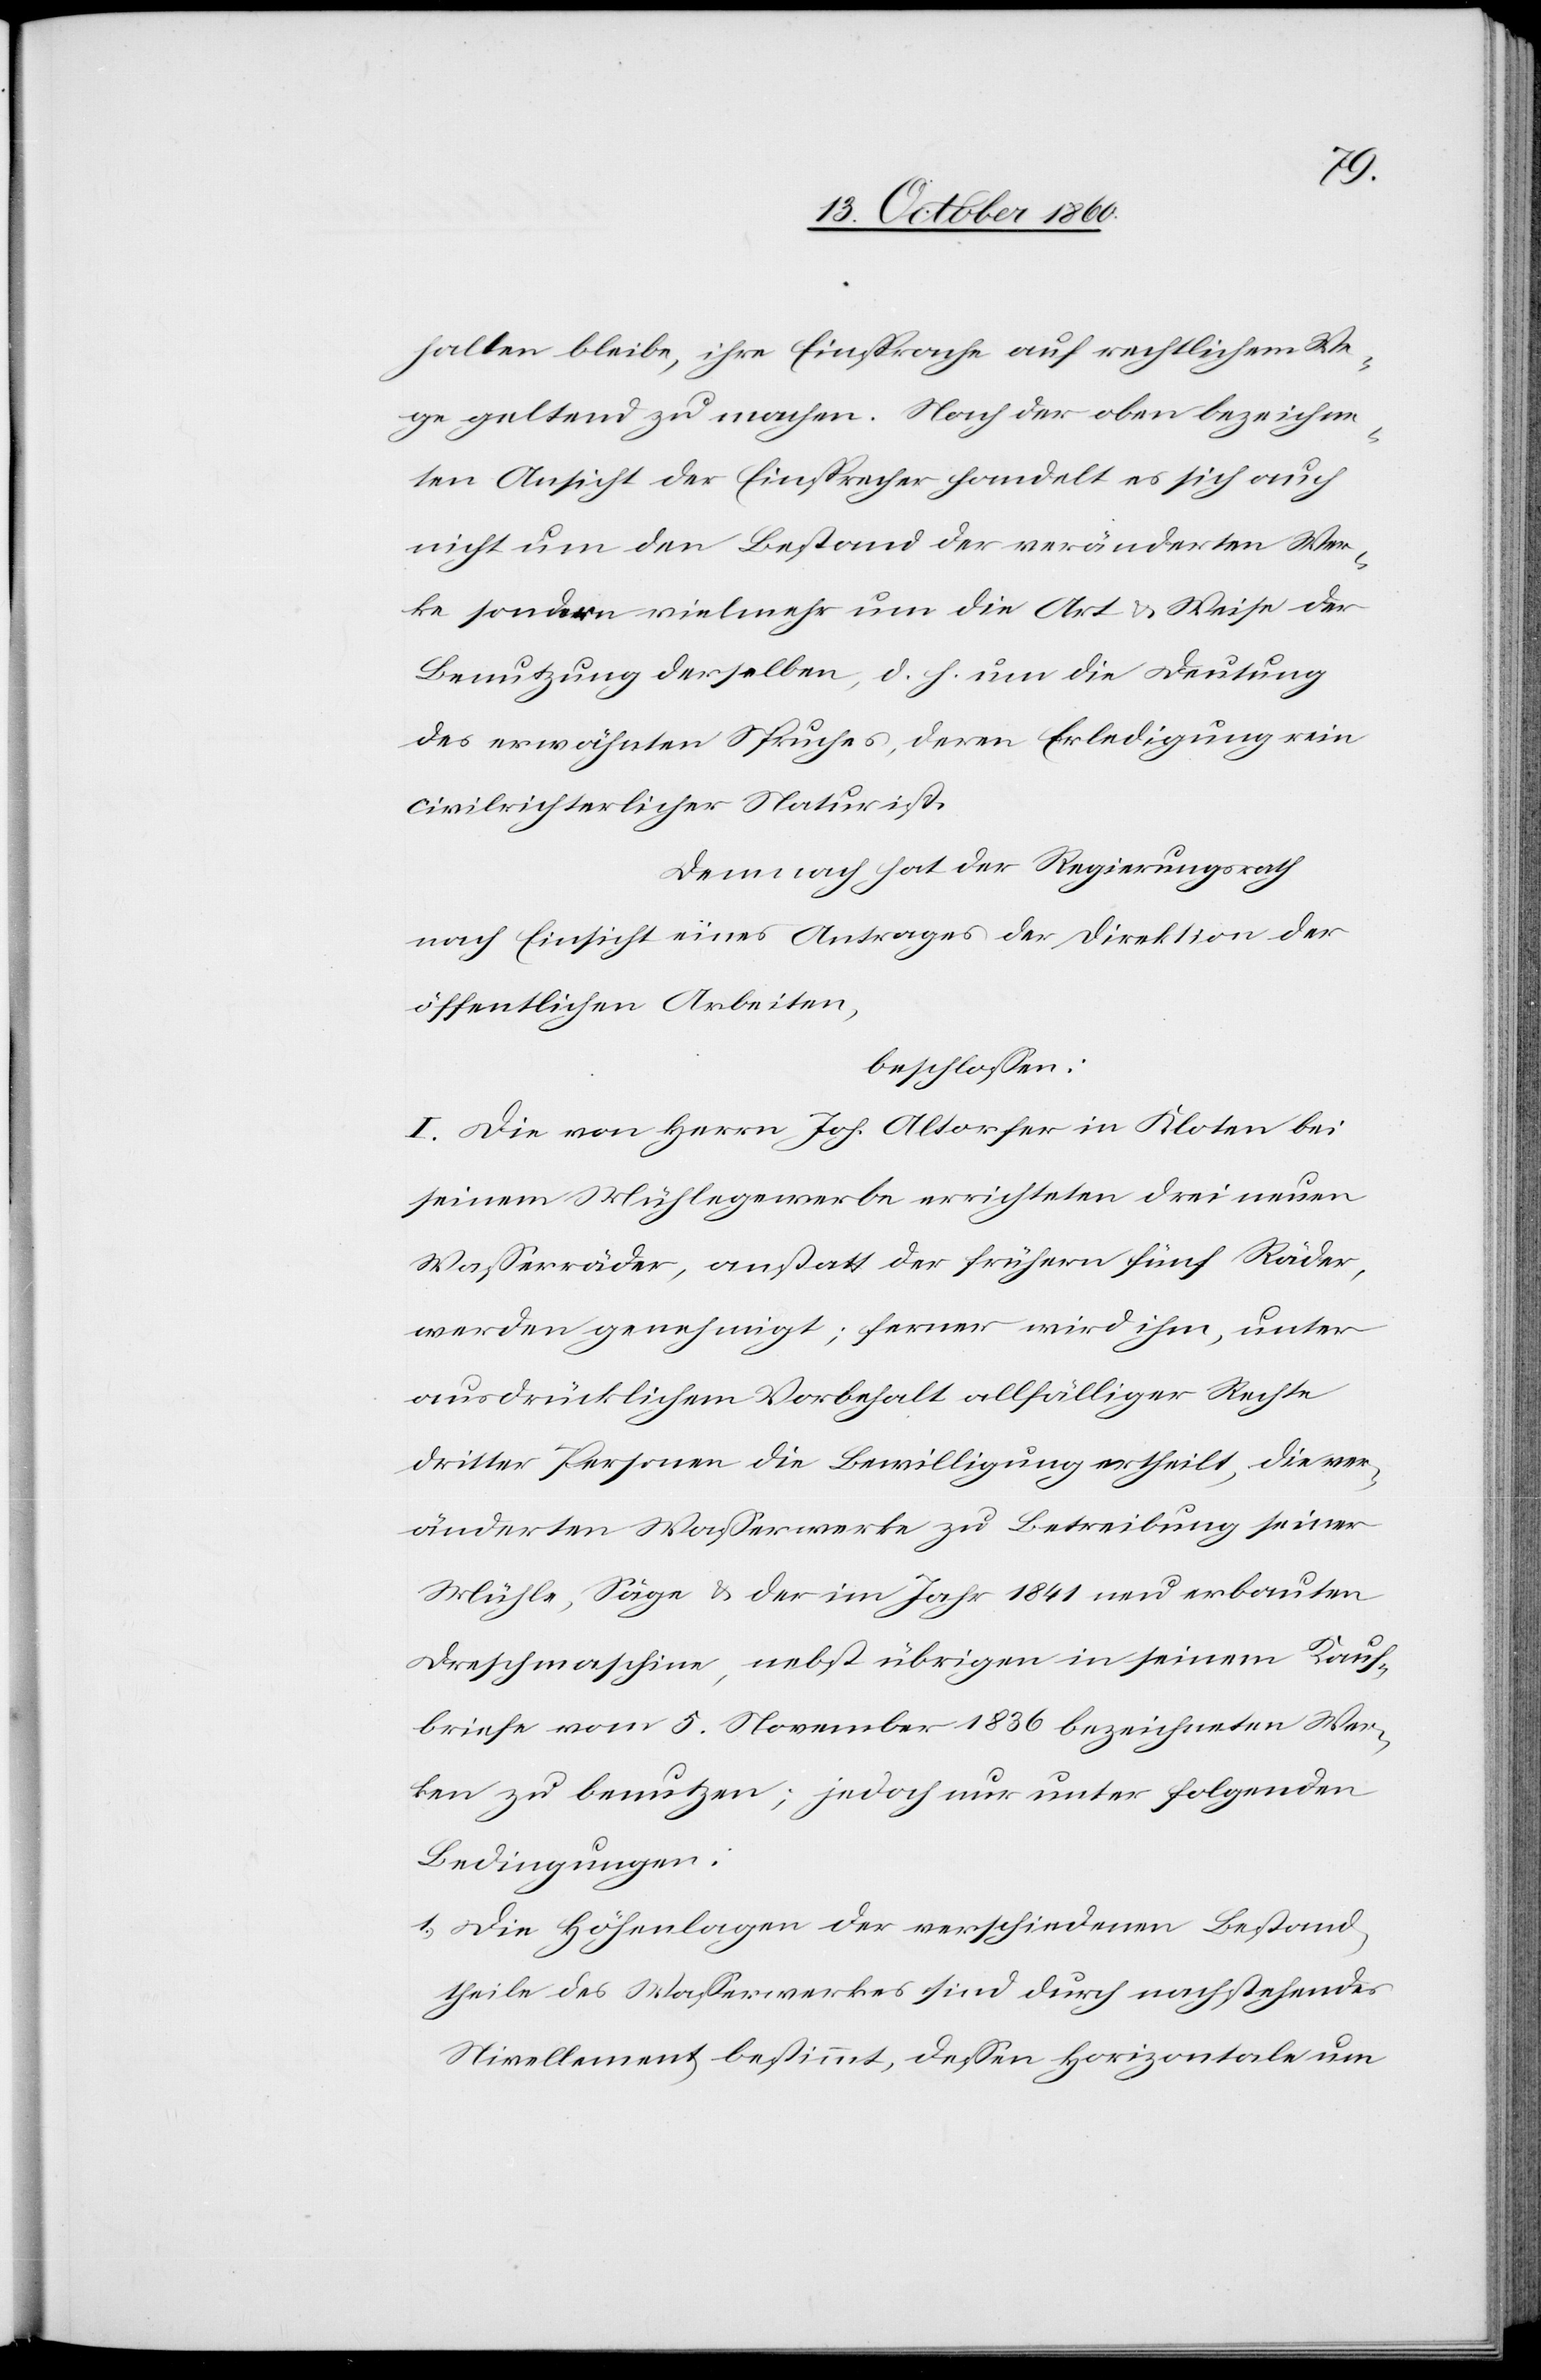
halten bleibe, ihre Einsprache auf rechtlichem We¬
ge geltend zu machen. Nach der oben bezeichne¬
ten Ansicht der Einsprecher handelt es sich auch
nicht um den Bestand der veränderten Wer¬
ke sondern vielmehr um die Art u. Weise der
Benutzung derselben, d. h. um die Deutung
des erwähnten Spruches, deren Erledigung rein
civilrechtlicher Natur ist.
Demnach hat der Regierungsrath
nach Einsicht eines Antrages der Direktion der
öffentlichen Arbeiten,
beschlossen:
I. Die von Herrn Joh. Altorfer in Kloten bei
seinem Mühlegewerbe errichteten drei neuen
Wasserräder, anstatt der frühern fünf Räder,
werden genehmigt; ferner wird ihm, unter
ausdrücklichem Vorbehalt allfälliger Rechte
dritter Personen die Bewilligung ertheilt, die ver¬
änderten Wasserwerke zu Betreibung seiner
Mühle, Säge u. der im Jahr 1841 neu erbauten
Dreschmaschine, nebst übrigen in seinem Kauf¬
briefe vom 5. November 1836 bezeichneten Wer¬
ken zu benutzen, jedoch nur unter folgenden
Bedingungen:
1. Die Höhenlagen der verschiedenen Bestand¬
theile des Wasserwerkes sind durch nachstehendes
Nivellement bestimmt, dessen Horizontale um